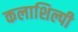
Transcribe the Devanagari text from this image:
कलाशिल्पी